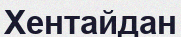
Хентайдан